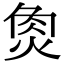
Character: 𤉯